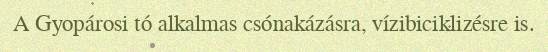
A Gyopárosi tó alkalmas csónakázásra, vízibiciklizésre is.